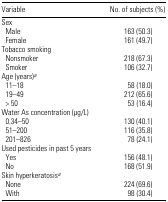
<table><thead><tr><td><b>Variable</b></td><td><b>No. of subjects (%)</b></td></tr></thead><tbody><tr><td colspan="2">Sex</td></tr><tr><td> Male</td><td>163 (50.3)</td></tr><tr><td> Female</td><td>161 (49.7)</td></tr><tr><td colspan="2">Tobacco smoking</td></tr><tr><td> Nonsmoker</td><td>218 (67.3)</td></tr><tr><td> Smoker</td><td>106 (32.7)</td></tr><tr><td colspan="2">Age (years)a</td></tr><tr><td> 11–18</td><td>58 (18.0)</td></tr><tr><td> 19–49</td><td>212 (65.6)</td></tr><tr><td> &gt; 50</td><td>53 (16.4)</td></tr><tr><td colspan="2">Water As concentration (μg/L)</td></tr><tr><td> 0.34–50</td><td>130 (40.1)</td></tr><tr><td> 51–200</td><td>116 (35.8)</td></tr><tr><td> 201–826</td><td>78 (24.1)</td></tr><tr><td colspan="2">Used pesticides in past 5 years</td></tr><tr><td> Yes</td><td>156 (48.1)</td></tr><tr><td> No</td><td>168 (51.9)</td></tr><tr><td colspan="2">Skin hyperkeratosisa</td></tr><tr><td> None</td><td>224 (69.6)</td></tr><tr><td> With</td><td>98 (30.4)</td></tr></tbody></table>